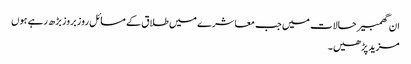
ان گھمبیر حالات میں جب معاشرے میں طلاق کے مسائل روز بروز بڑھ رہے ہوں
مزید پڑھیں۔